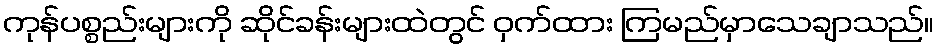
ကုန်ပစ္စည်းများကို ဆိုင်ခန်းများထဲတွင် ဝှက်ထား ကြမည်မှာသေချာသည်။